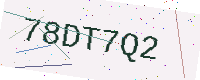
Text: 78DT7Q2